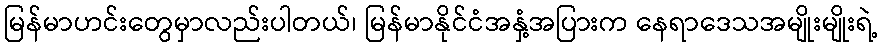
မြန်မာဟင်းတွေမှာလည်းပါတယ်၊ မြန်မာနိုင်ငံအနှံ့အပြားက နေရာဒေသအမျိုးမျိုးရဲ့